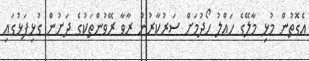
އެގޮތުން މުޅި މާލޭގެ ހައްލު ހޯދުމަށް ސަރުކާރުން ރާވާ ރޭވުންތަކުގެ ދަށުން ގުޅިފަޅުގައި